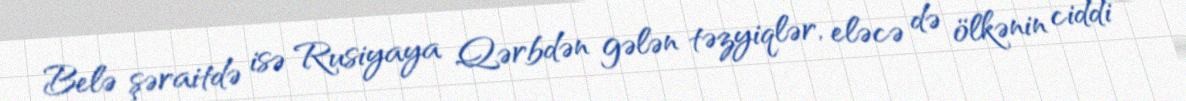
Belə şəraitdə isə Rusiyaya Qərbdən gələn təzyiqlər, eləcə də ölkənin ciddi